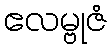
ဧလမ္ဗုဇံ